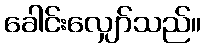
ခေါင်းလျှော်သည်။